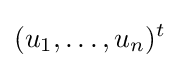
(u_{1},\dots ,u_{n})^{t}